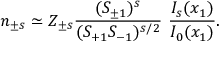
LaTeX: n _ { \pm s } \simeq Z _ { \pm s } { \frac { ( S _ { \pm 1 } ) ^ { s } } { { ( S _ { + 1 } } S _ { - 1 } ) ^ { s / 2 } } } ~ { \frac { I _ { s } ( x _ { 1 } ) } { I _ { 0 } ( x _ { 1 } ) } } .